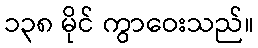
၁၃၈ မိုင် ကွာဝေးသည်။